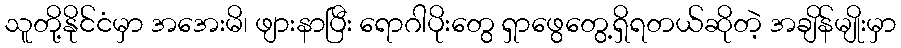
သူတို့နိုင်ငံမှာ အအေးမိ၊ ဖျားနာပြီး ရောဂါပိုးတွေ ရှာဖွေတွေ့ရှိရတယ်ဆိုတဲ့ အချိန်မျိုးမှာ